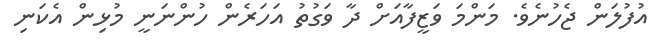
އުފުލަން ޖެހުނެވެ. މަންމަ ވަޒީފާއަށް ދާ ވަގުތު އަހަރެން ހުންނަނީ މުޅިން އެކަނި